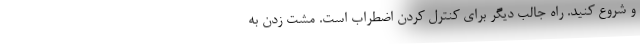
و شروع کنید. راه جالب دیگر برای کنترل کردن اضطراب است. مشت زدن به